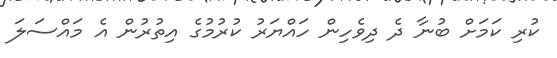
ކުރި ކަމަށް ބުނާ ދެ ދިވެހިން ހައްޔަރު ކުރުމުގެ އިތުރުން އެ މައްސަލަ